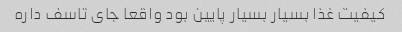
کیفیت غذا بسیار بسیار پایین بود واقعا جای تاسف داره